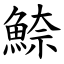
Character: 䱞